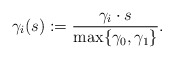
\begin{align*}\gamma _i (s) := \frac{\gamma _i \cdot s}{\max \{ \gamma _0 , \gamma _1 \}} .\end{align*}